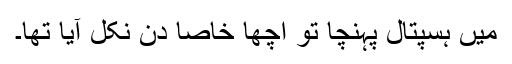
میں ہسپتال پہنچا تو اچھا خاصا دن نکل آیا تھا۔